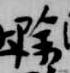
除